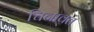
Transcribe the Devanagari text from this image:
चिनावत